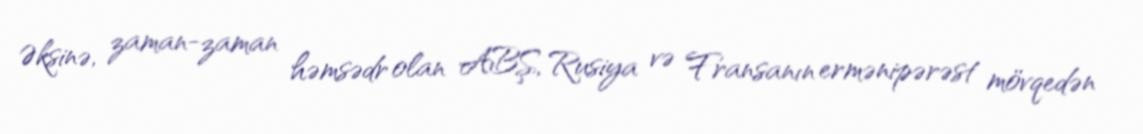
Əksinə, zaman-zaman həmsədr olan ABŞ, Rusiya və Fransanın ermənipərəst mövqedən